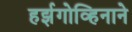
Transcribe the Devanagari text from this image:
हर्झगोव्हिनाने